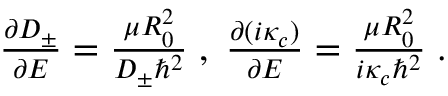
\begin{array} { r } { \frac { \partial D _ { \pm } } { \partial E } = \frac { \mu R _ { 0 } ^ { 2 } } { D _ { \pm } \hbar ^ { 2 } } \; , \; \frac { \partial ( i \kappa _ { c } ) } { \partial E } = \frac { \mu R _ { 0 } ^ { 2 } } { i \kappa _ { c } \hbar ^ { 2 } } \; . } \end{array}